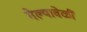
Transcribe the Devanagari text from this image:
गेल्यावेळीं